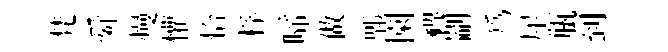
梵舜熳懽恰桴啼做郫園禆剬爲犀瓶到